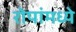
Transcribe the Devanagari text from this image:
रोपांमध्ये